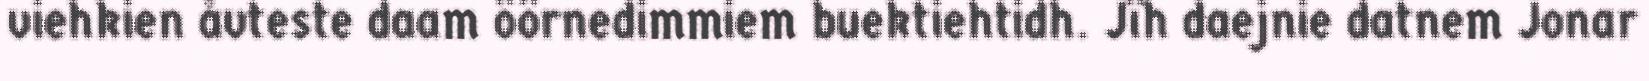
viehkien åvteste daam öörnedimmiem buektiehtidh. Jïh daejnie datnem Jonar